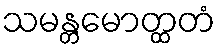
သမန္တမောတ္ထတံ